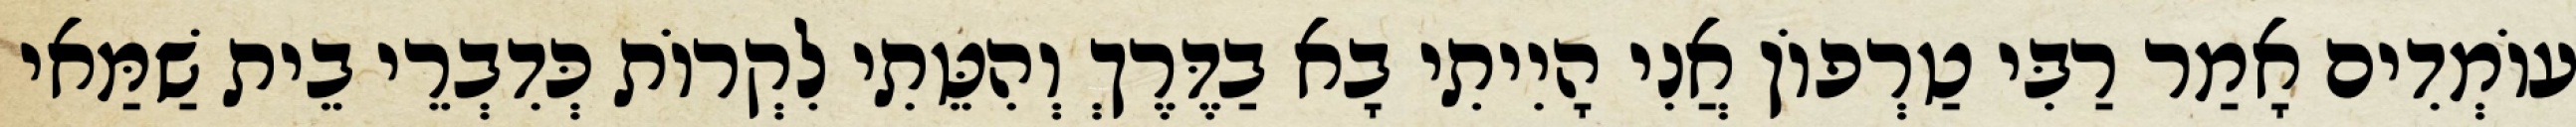
עוֹמְדִים אָמַר רַבִּי טַרְפוֹן אֲנִי הָיִיתִי בָא בַדֶּרֶךְ וְהִטֵּתִי לִקְרוֹת כְּדִבְרֵי בֵית שַׁמַּאי